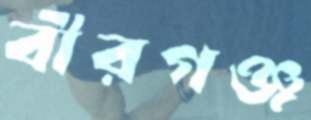
বীরগঞ্জ